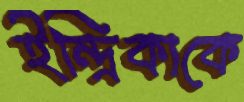
ইন্দ্রিকাকে